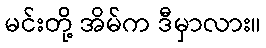
မင်းတို့ အိမ်က ဒီမှာလား။